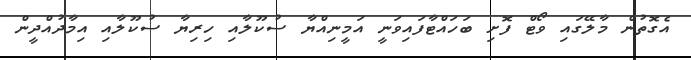
އެގޮތުން މާލޭގައި ވޯޓް ފޮށި ބަހައްޓާފައިވަނީ އަމީނިއްޔާ ސުކޫލާއި ހިރިޔާ ސުކޫލާއި އިމާދުއްދީން